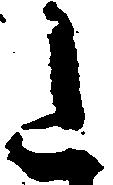
た